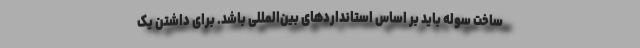
ساخت سوله باید بر اساس استانداردهای بین‌المللی باشد. برای داشتن یک